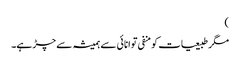
)
مگر طبیعیات کو منفی توانائی سے ہمیشہ سے چڑ ہے۔